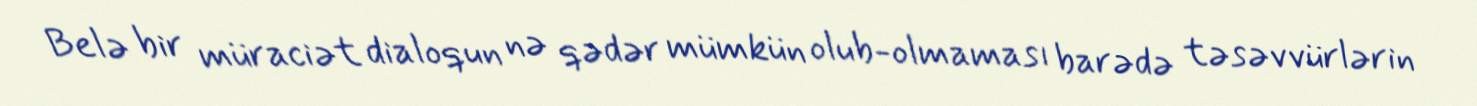
Belə bir müraciət dialoqun nə qədər mümkün olub-olmaması barədə təsəvvürlərin